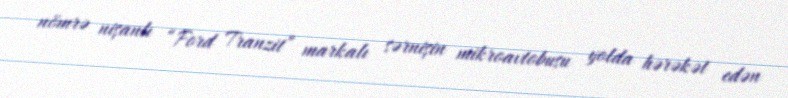
nömrə nişanlı “Ford Tranzit” markalı sərnişin mikroavtobusu yolda hərəkət edən